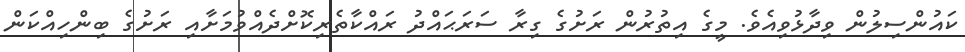
ކައުންސިލުން ވިދާޅުވިއެވެ. މީގެ އިތުރުން ރަށުގެ ގިރާ ސަރަޙައްދު ރައްކާތެރިކޮށްދެއްވުމަށާއި ރަށުގެ ބިންހިއްކަން